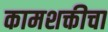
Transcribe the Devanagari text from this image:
कामशक्तीचा